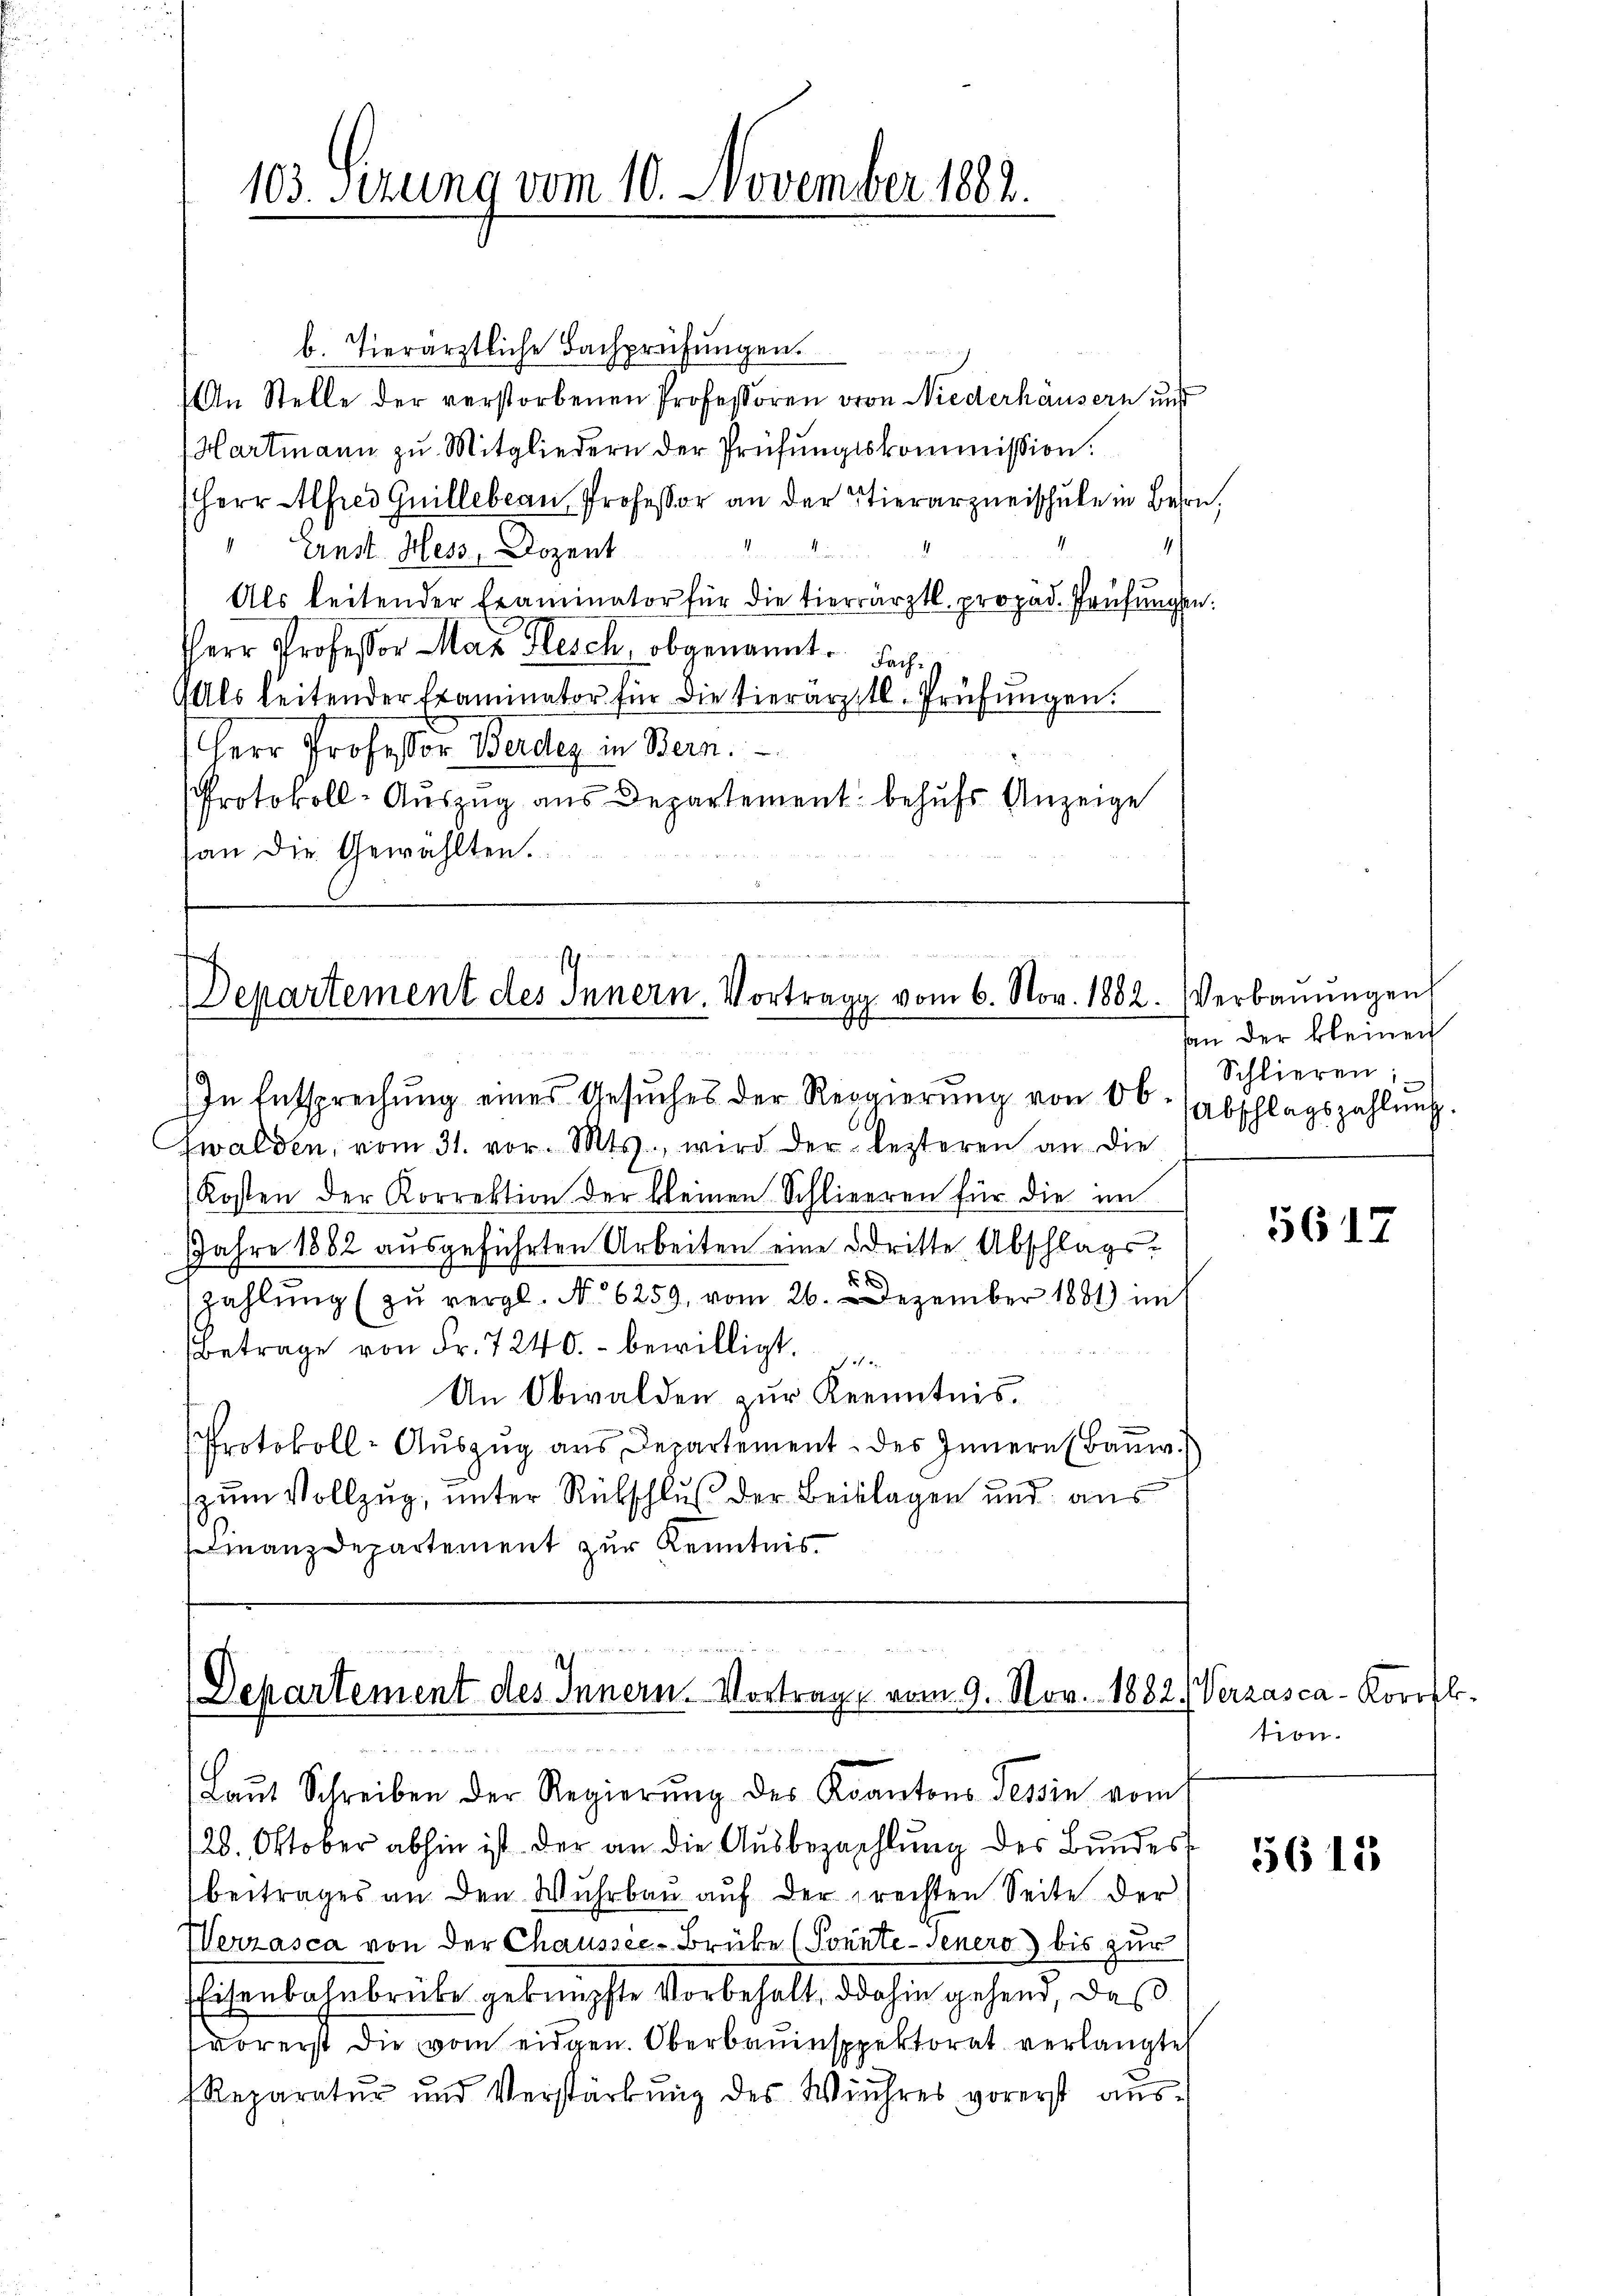
103. Sizung vom 10. November 1882.

b. Tierärztliche Bachprüfungen.
An Stelle der verstorbenen Professoren von Niederhäusern und
Hartmann zu Mitgliedern der Prüfŭngskommission.
Herr Alfred Guillebrau Professor an der Tierarzneischule in Bern,
 Ernst. Hess, Dozent
Als leitender Examinator für die tierärztl. propad. Prüfŭngen:
HHerr Professor Max Plesch, obgenannt. Fach
Als leitender Examinator für die tierarztl. Prüfungen.
Herr Professor Werden in Bern.
Protokoll-Auszug aus Departement behufs Anzeige
an die Gewählten.

sch au
Departement des Innern. Vortrage vom 6. Nov. 1882.
.

In Entsprechŭng eines Gesŭches der Regierŭng von 06. (Abschlagszahlŭng.
zwalden, vom 31. vor. Mts., wird der lezteren an die
Kosten der Korrektion der kleinen Schlieren für die im
JJahre 1882 ausgeführten Arbeiten eine dritte Abschlagsd
zahlung (zu vergl. N. 6259, vom 26. Dezember 1881 mit
Betrage von Fr. 7240.- bewilligt.
e
An Obwalden zur Kenntnis.
Protokoll- Aŭszŭg aŭs Departement des Innern (Baṅw.
zum Vollzug, unter Rückschluß der Beklagen und aus
Finanzdepartement zur Kenntnis

ih
Departement des Innern. Vortrage vom 9. Nov. 1882) Verzasca-Korofl

Laut Schreiben der Regierŭng des Kantons Tessin vom

128. Oktober abhin ist der an die Ausbezahlung des Bundes
beitrages an den Wuhrbau auf der rechten Seite der
Werzasca von der Chaussee-Brüke (Sonnte Genero) bis zur
EEisenbahnbrübe geknüpfte Vorbehalt, dahin gehend, das
vorerst die vom eidgen. Oberbauinspektorat verlangte
Reparatur und Verstärkung des Wuhres vorerst aus-

Verbauungen
an der kleinen
Schlieren:

5617.

tion.

5615